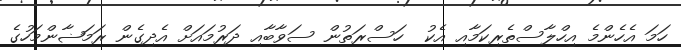
ހަމަ އެހެންމެ އިހްލާސްތެެރިކަމާއި އެކު  ހަސްރަތުން ސަވާބާއި ދަރުމައަށް އެދިގެން ރަމަޟާންމަހުގެ